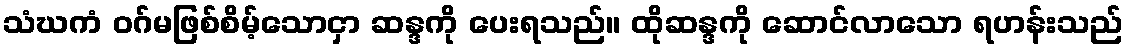
သံဃကံ ဝဂ်မဖြစ်စိမ့်သောငှာ ဆန္ဒကို ပေးရသည်။ ထိုဆန္ဒကို ဆောင်လာသော ရဟန်းသည်